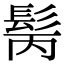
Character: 𩬝